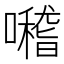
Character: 𡃊